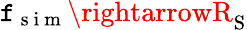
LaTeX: \mathtt{f}_{\mathrm{{~s~i~m~}}}\rightarrowR_{\mathrm{{S}}}